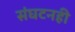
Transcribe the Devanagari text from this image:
संघटनही